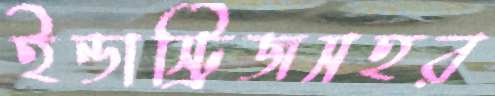
ইন্ডাস্ট্রিজসহর